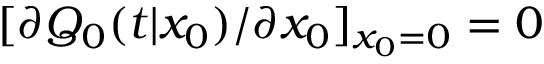
[ \partial Q _ { 0 } ( t | x _ { 0 } ) / \partial x _ { 0 } ] _ { x _ { 0 } = 0 } = 0